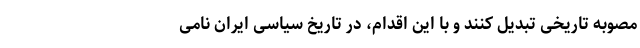
مصوبه تاریخی تبدیل کنند و با این اقدام، در تاریخ سیاسی ایران نامی